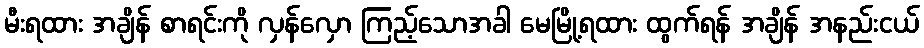
မီးရထား အချိန် စာရင်းကို လှန်လှော ကြည့်သောအခါ မေမြို့ရထား ထွက်ရန် အချိန် အနည်းငယ်